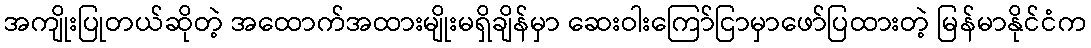
အကျိုးပြုတယ်ဆိုတဲ့ အထောက်အထားမျိုးမရှိချိန်မှာ ဆေးဝါးကြော်ငြာမှာဖော်ပြထားတဲ့ မြန်မာနိုင်ငံက